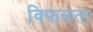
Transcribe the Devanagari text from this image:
विफ़लता